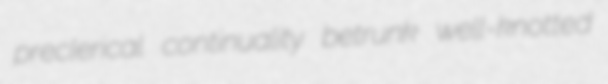
preclerical continuality betrunk well-knotted